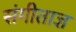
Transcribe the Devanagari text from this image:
संगीताज्ञ